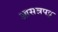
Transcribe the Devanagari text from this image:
आसन्नपट्ट